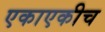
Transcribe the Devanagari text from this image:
एकाएकीच